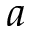
a